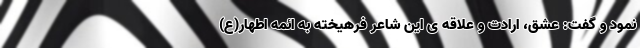
نمود و گفت: عشق، ارادت و علاقه ی این شاعر فرهیخته به ائمه اطهار(ع)